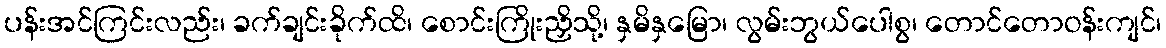
ပန်းအင်ကြင်းလည်း၊ ခက်ချင်းခိုက်ထိ၊ စောင်းကြိုးညှိသို့၊ နှမိနှမြော၊ လွမ်းဘွယ်ပေါစွ၊ တောင်တောဝန်းကျင်၊